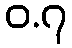
ဝ.၇